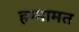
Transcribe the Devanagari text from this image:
हम्मामत